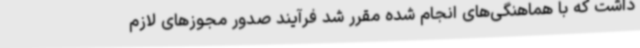
داشت که با هماهنگی‌های انجام شده مقرر شد فرآیند صدور مجوزهای لازم